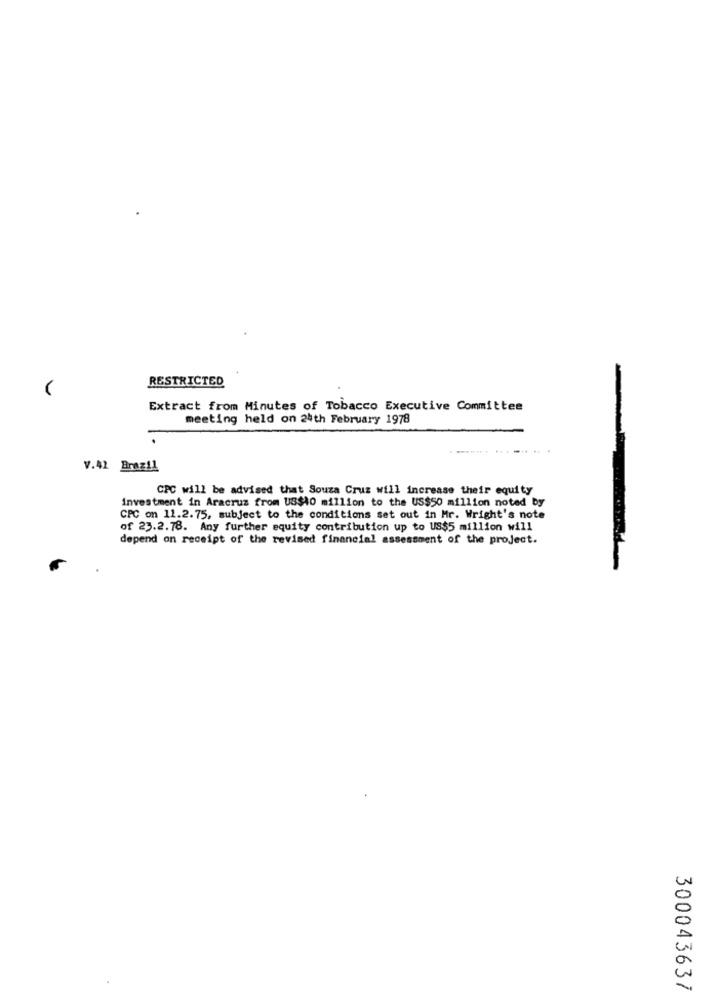
RESTRICTED
Extract from Minutes of Tobacco Executive Committee
meeting held on 24th February 1978
V.42 Brazil
CPC will be advised that Souza Cruz will increase their equity
investment in Aracruz from US$40 million to the US$50 million noted by
CPC on 11.2.75, subject to the conditions set out in Mr. Wright's note
of 23.2.78. Any further equity contribution up to US$5 million will
depend on receipt of the revised financial assessment of the project.
300043637